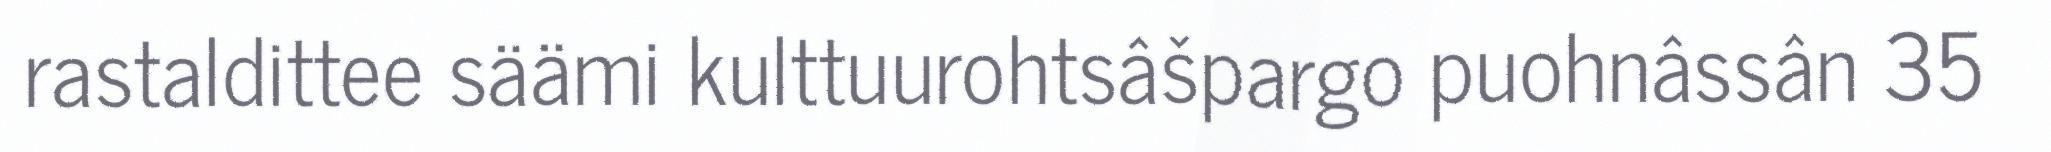
rastaldittee säämi kulttuurohtsâšpargo puohnâssân 35